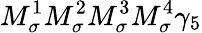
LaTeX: M_{\sigma}^{1}M_{\sigma}^{2}M_{\sigma}^{3}M_{\sigma}^{4}\gamma_{5}